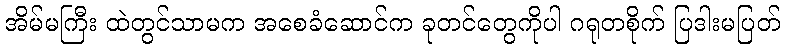
အိမ်မကြီး ထဲတွင်သာမက အစေခံဆောင်က ခုတင်တွေကိုပါ ဂရုတစိုက် ပြဒါးမပြတ်